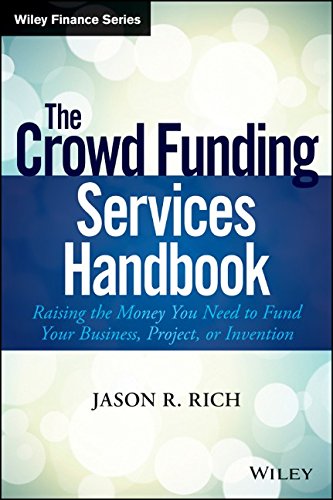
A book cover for The Crowd Funding Services Handbook: Raising the Money You Need to Fund Your Business, Project, or Invention (Wiley Finance); Jason R. Rich; Business & Money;